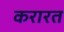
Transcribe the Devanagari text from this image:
करारत